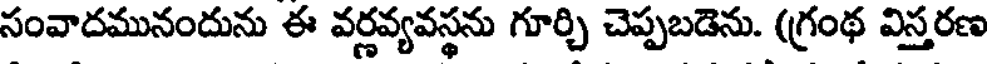
సంవాదమునందును ఈ వర్ణవ్యవస్థను గూర్చి చెప్పబడెను. (గ్రంథ విస్తరణ